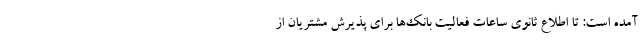
آمده است: تا اطلاع ثانوی ساعات فعالیت بانک‌ها برای پذیرش مشتریان از